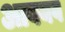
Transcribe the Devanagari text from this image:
आवयव